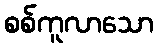
စစ်ကူလာသော